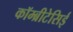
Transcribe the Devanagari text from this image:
कॉम्ब्रीटेसिई